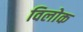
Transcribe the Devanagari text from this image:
विलोक